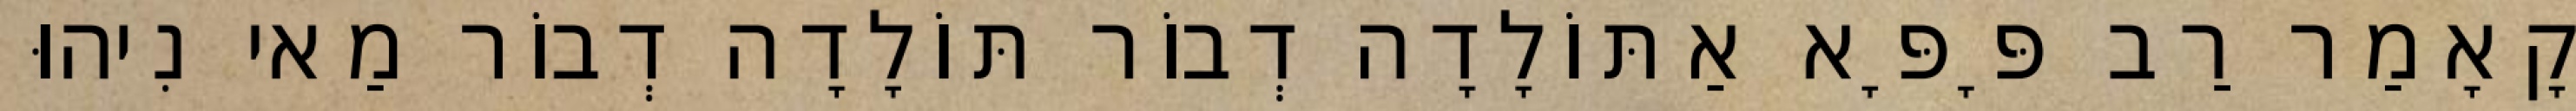
קָאָמַר רַב פָּפָּא אַתּוֹלָדָה דְבוֹר תּוֹלָדָה דְבוֹר מַאי נִיהוּ